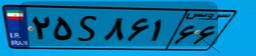
۲۵S۸۶۱۶۶